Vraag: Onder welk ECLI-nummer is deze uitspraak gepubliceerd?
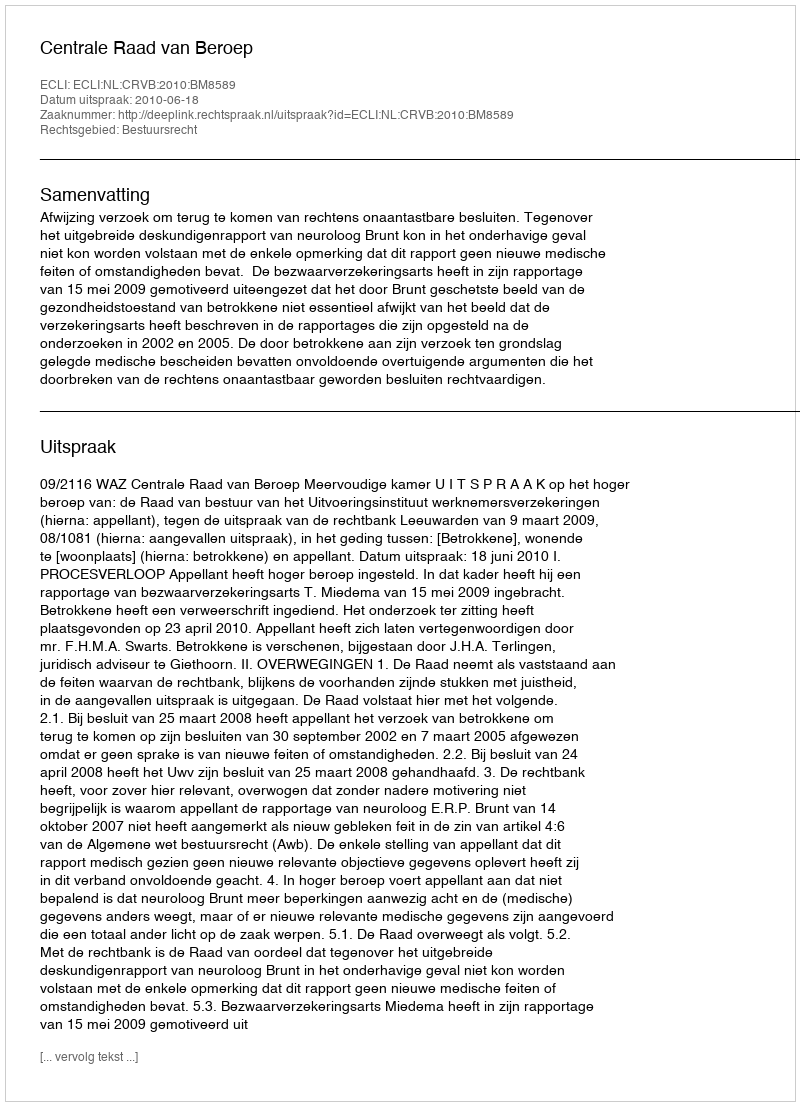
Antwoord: ECLI:NL:CRVB:2010:BM8589